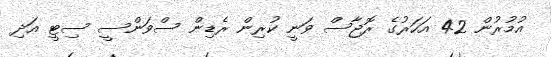
އުމުރުން 42 އަހަރުގެ ރޮޖާސް ވަނީ ކުރިން ރެޑިން ސްވަންސީ ސިޓީ އަދި